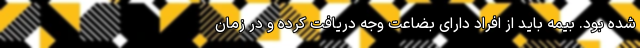
شده بود. بیمه باید از افراد دارای بضاعت وجه دریافت کرده و در زمان